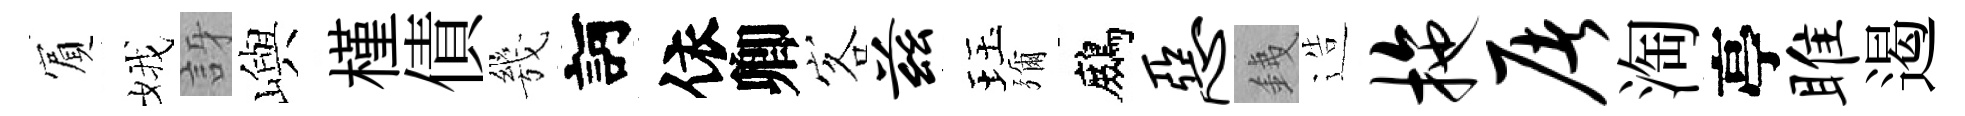
賔娥訝嶼槿債㡬訶依卿客兹珏彌鷓恶銕造拖屠淘亭雎遏